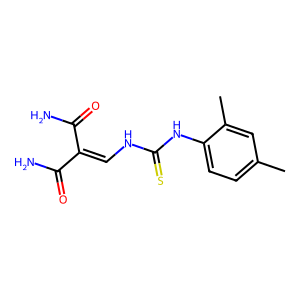
SMILES: Cc1ccc(NC(=S)NC=C(C(N)=O)C(N)=O)c(C)c1
Inhibits HIV replication: No